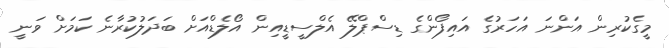
މީގެކުރިން އަންނަ އަހަރުގެ އައިފޯންގެ ޑިސްޕްލޭ އެލްސީޑީއިން އޯލެޑްއަށް ބަދަލުކުރާނެ ކަމަށް ވަނީ